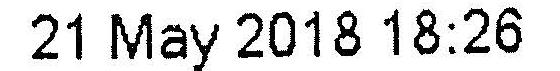
21 MAY 2018 18:26